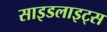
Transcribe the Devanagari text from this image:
साइडलाइट्स